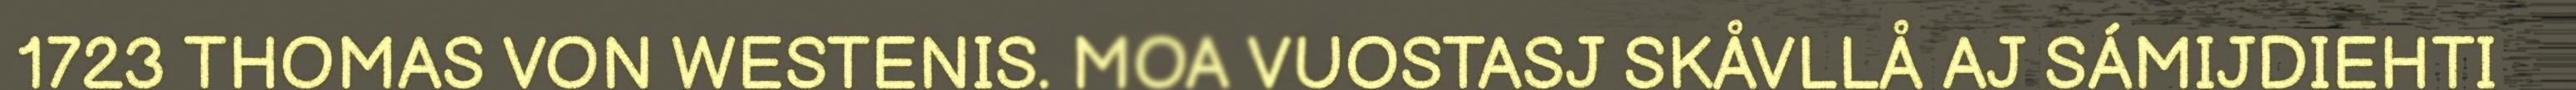
1723 THOMAS VON WESTENIS. MOA VUOSTASJ SKÅVLLÅ AJ SÁMIJDIEHTI